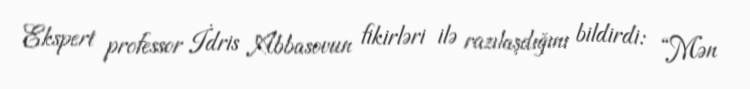
Ekspert professor İdris Abbasovun fikirləri ilə razılaşdığını bildirdi: “Mən